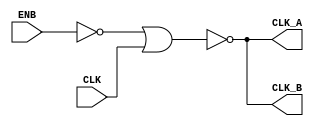
module ACABGEN(CLK, ENB, CLK_A, CLK_B);
input   CLK;
input   ENB;         
output  CLK_A;       
output  CLK_B;       
wire pulse, dly_pulse;
not	g1(enb_, ENB);
nor    	g2(pulse, enb_,CLK);
buf  #5 g3(dly_pulse, pulse);
nand    g5(clka_, pulse,dly_pulse);
not     g6(CLK_A, clka_);
nor     g8(clkb_, pulse,dly_pulse);
not     g9(CLK_B, clkb_);
endmodule